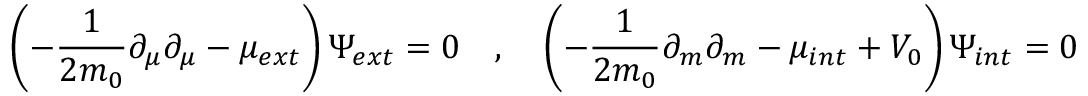
\left( - \frac { 1 } { 2 m _ { 0 } } \partial _ { \mu } \partial _ { \mu } - \mu _ { e x t } \right) \Psi _ { e x t } = 0 \quad , \quad \left( - \frac { 1 } { 2 m _ { 0 } } \partial _ { m } \partial _ { m } - \mu _ { i n t } + V _ { 0 } \right) \Psi _ { i n t } = 0